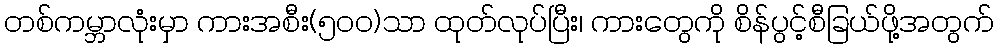
တစ်ကမ္ဘာလုံးမှာ ကားအစီး(၅၀၀)သာ ထုတ်လုပ်ပြီး၊ ကားတွေကို စိန်ပွင့်စီခြယ်ဖို့အတွက်